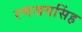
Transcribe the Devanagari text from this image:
रणजयसिंह